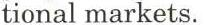
tional markets.